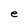
Character: e